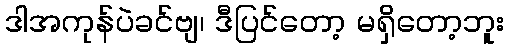
ဒါအကုန်ပဲခင်ဗျ၊ ဒီပြင်တော့ မရှိတော့ဘူး